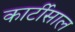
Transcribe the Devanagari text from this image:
कार्टीसाल